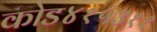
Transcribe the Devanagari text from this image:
कोड४१५३११